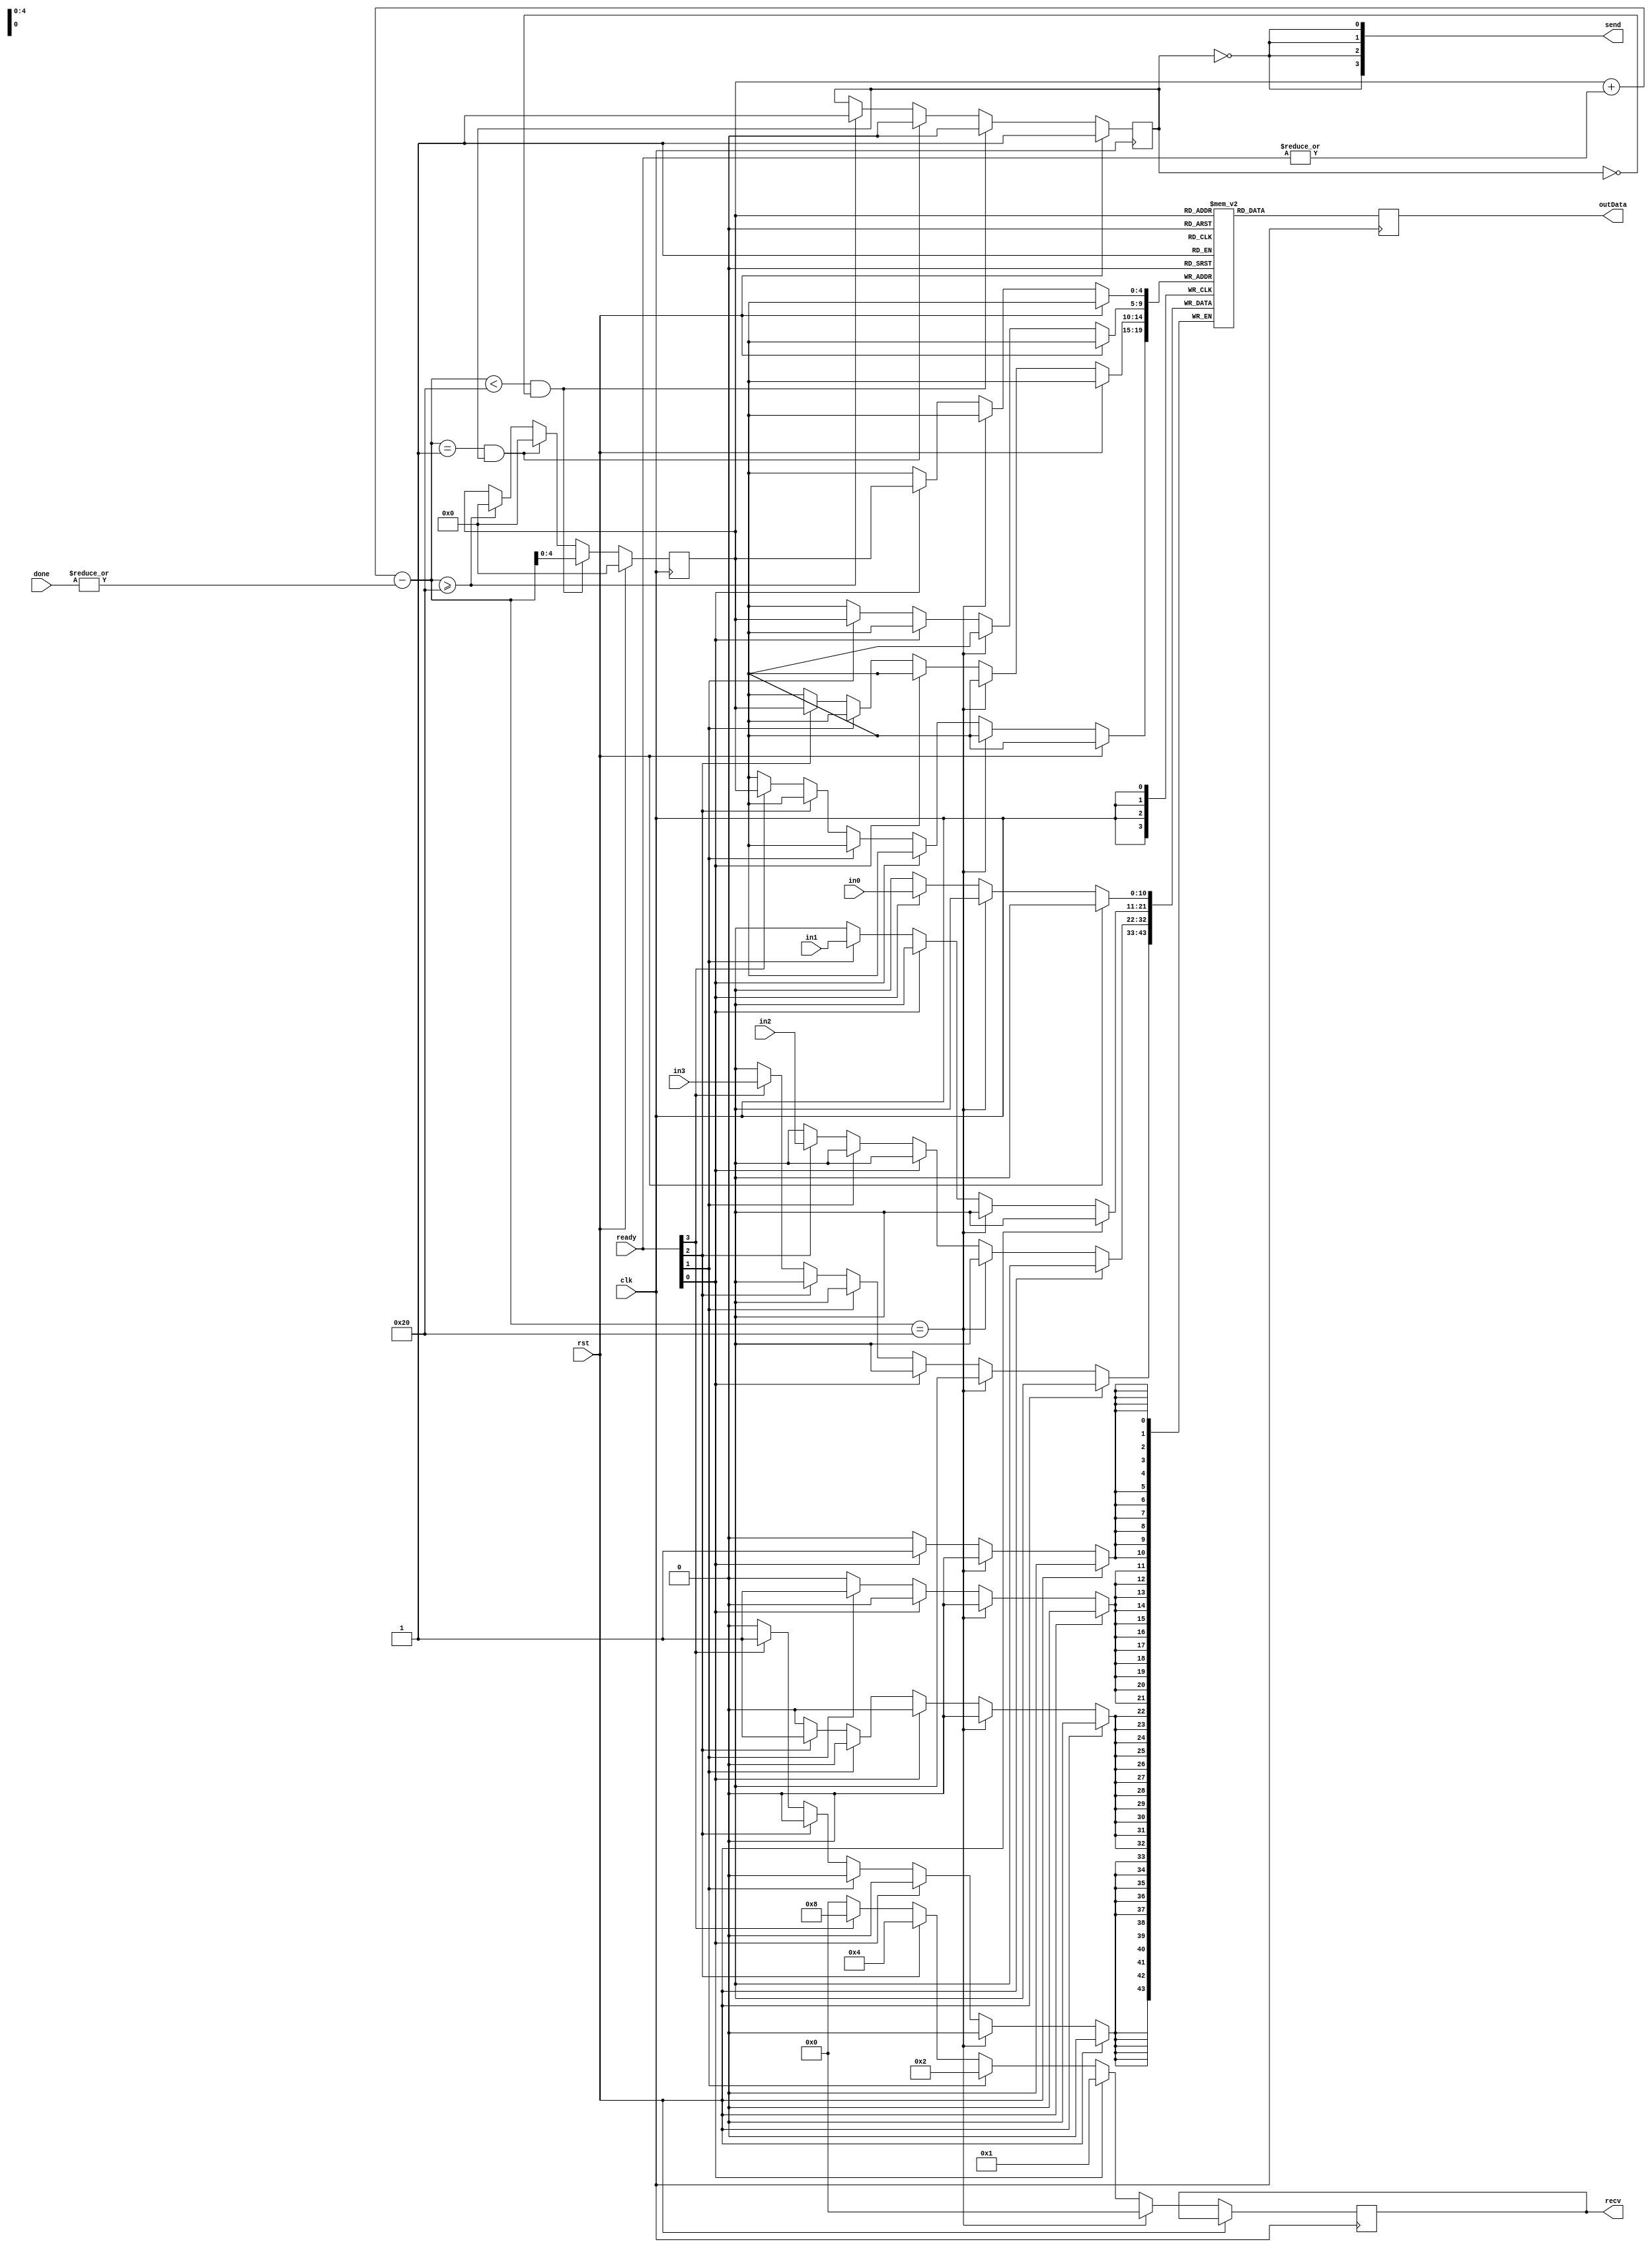

module NodeT30 #(
	parameter DEPTH=32 // Should be a power of 2
)(
    // Config/Run signals
    input clk,              ///< Clock for module. Should be same for all nodes.
    input rst,              ///< Reset, active high

    // Port Signals
    input signed [10:0] in0,           ///< Input from node 0
    input signed [10:0] in1,           ///< Input from node 1
    input signed [10:0] in2,           ///< Input from node 2
    input signed [10:0] in3,           ///< Input from node 3
    input [3:0] ready,                 ///< Neighbor has data to pass to this node
    input [3:0] done,                  ///< Neighbor received data from this node
    output reg  signed [10:0] outData, ///< Data being sent to another node
    output reg [3:0] recv,             ///< Received data from neighbor
    output wire [3:0] send             ///< Sending data to neighbor
);

parameter integer CNT_WIDTH = $clog2(DEPTH);

wire [CNT_WIDTH:0] nextCount;

reg [10:0] stack[DEPTH-1:0];
reg [CNT_WIDTH-1:0] count;
reg empty;
wire full;

integer i;

assign send = {4{~empty}}; // Data is always available to whoever wants it.

initial begin
	for (i=0; i<DEPTH; i=i+1) begin
		stack[i] = 11'd0;
	end
	count = 'd0;
	empty = 1'b1;
end

always @(posedge clk) begin
	outData <= stack[count]; // Output the top of the stack
end

assign nextCount = count + |ready - |done;
assign full = (nextCount == DEPTH);
always @(posedge clk) begin
	if (rst) begin
		count <= 'd0;
		empty <= 1'b1;
	end else begin
		// Increment count as appropriate
		if ((nextCount < DEPTH) && !empty) begin
			count <= nextCount;
			empty <= 1'b0;
		end else if ((nextCount == 'd1) && empty) begin
			count <= 0;
			empty <= 1'b0;
		end else if (nextCount >= DEPTH) begin
			count <= 0;
			empty <= 1'b1;
		end
		// Push data onto stack
		if (!full) begin
			if (ready[0]) begin
				stack[count] <= in0;
				recv <= 4'b0001;
			end else if (ready[1]) begin
				stack[count] <= in1;
				recv <= 4'b0010;
			end else if (ready[2]) begin
				stack[count] <= in2;
				recv <= 4'b0100;
			end else if (ready[3]) begin
				stack[count] <= in3;
				recv <= 4'b1000;
			end else begin
				recv <= 4'b0000;
			end
		end else begin
			recv <= 4'b0000;
		end
	end
end


endmodule